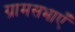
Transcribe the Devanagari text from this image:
ग्रामसभाएँ